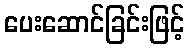
ပေးဆောင်ခြင်းဖြင့်